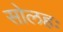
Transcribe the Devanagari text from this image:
सोलहः